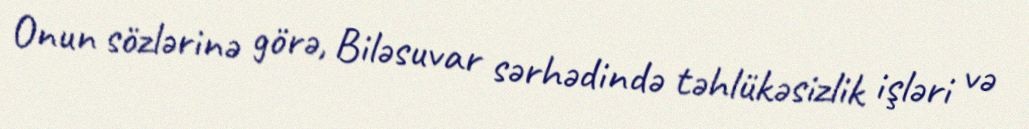
Onun sözlərinə görə, Biləsuvar sərhədində təhlükəsizlik işləri və